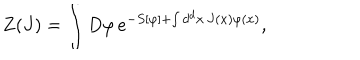
Z ( J ) = \int D \varphi \, e ^ { - S [ \varphi ] + \int d ^ { d } x \, J ( x ) \varphi ( x ) } ,